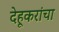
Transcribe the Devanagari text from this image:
देहूकरांचा